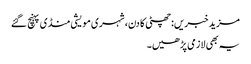
مزید خبریں:چھٹی کا دن، شہری مویشی منڈی پہنچ گئے
یہ بھی لازمی پڑھیں۔